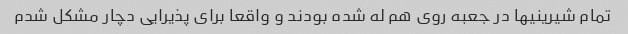
تمام شیرینیها در جعبه روی هم له شده بودند و واقعا برای پذیرایی دچار مشکل شدم